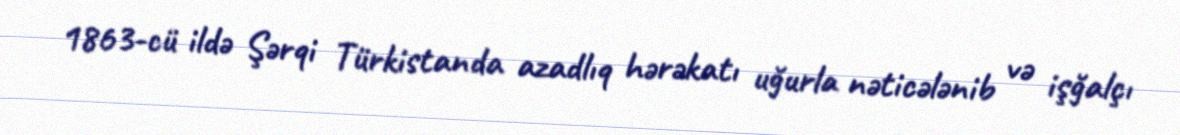
1863-cü ildə Şərqi Türkistanda azadlıq hərəkatı uğurla nəticələnib və işğalçı